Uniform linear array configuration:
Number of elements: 64
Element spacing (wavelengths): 0.25
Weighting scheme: hamming
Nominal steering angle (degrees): -15
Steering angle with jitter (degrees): -15.068
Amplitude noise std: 0.05
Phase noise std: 0.05

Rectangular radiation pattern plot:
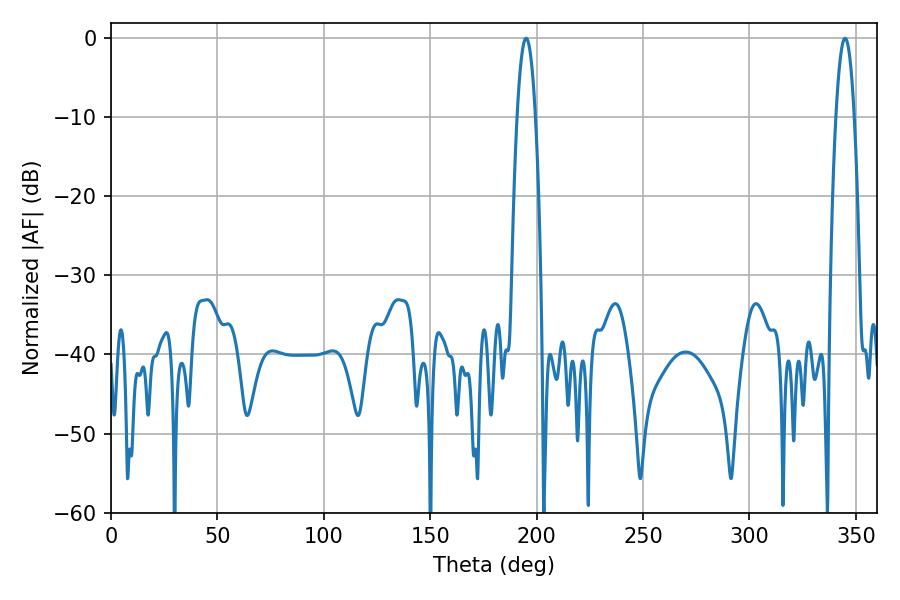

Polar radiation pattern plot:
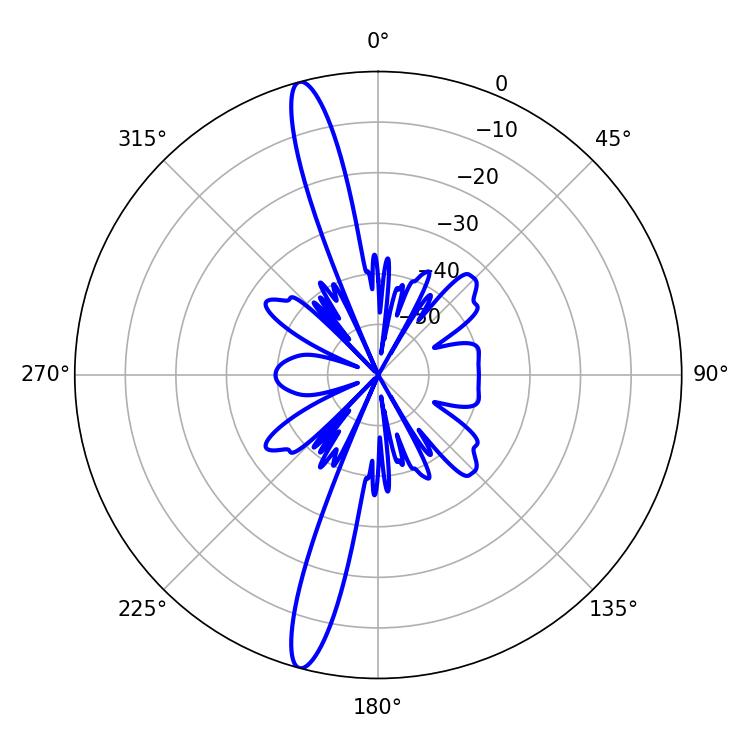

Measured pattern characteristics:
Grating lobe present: FALSE
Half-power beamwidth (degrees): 4.68
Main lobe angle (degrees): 344.88